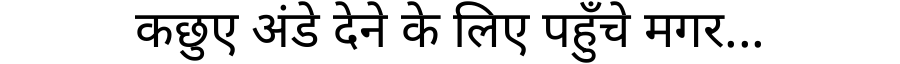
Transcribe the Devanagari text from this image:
कछुए अंडे देने के लिए पहुँचे मगर...